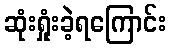
ဆုံးရှုံးခဲ့ရကြောင်း